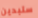
ستبدين